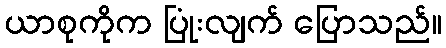
ယာစုကိုက ပြုံးလျက် ပြောသည်။